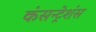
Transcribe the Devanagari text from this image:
कंसन्ट्रेशंस